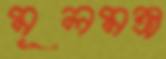
মূলমন্ত্র